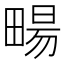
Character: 畼